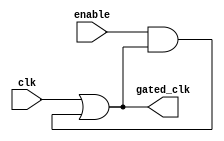
module clock_gating (
    input wire clk,        // Primary clock signal
    input wire enable,     // Enable signal
    output wire gated_clk  // Gated clock signal
);

// Generate the gated clock based on the primary clock and enable signal using an OR gate
assign gated_clk = clk | (enable & gated_clk); // Using enable to control clock flow

endmodule